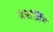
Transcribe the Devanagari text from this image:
मार्शलिंग